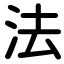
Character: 法